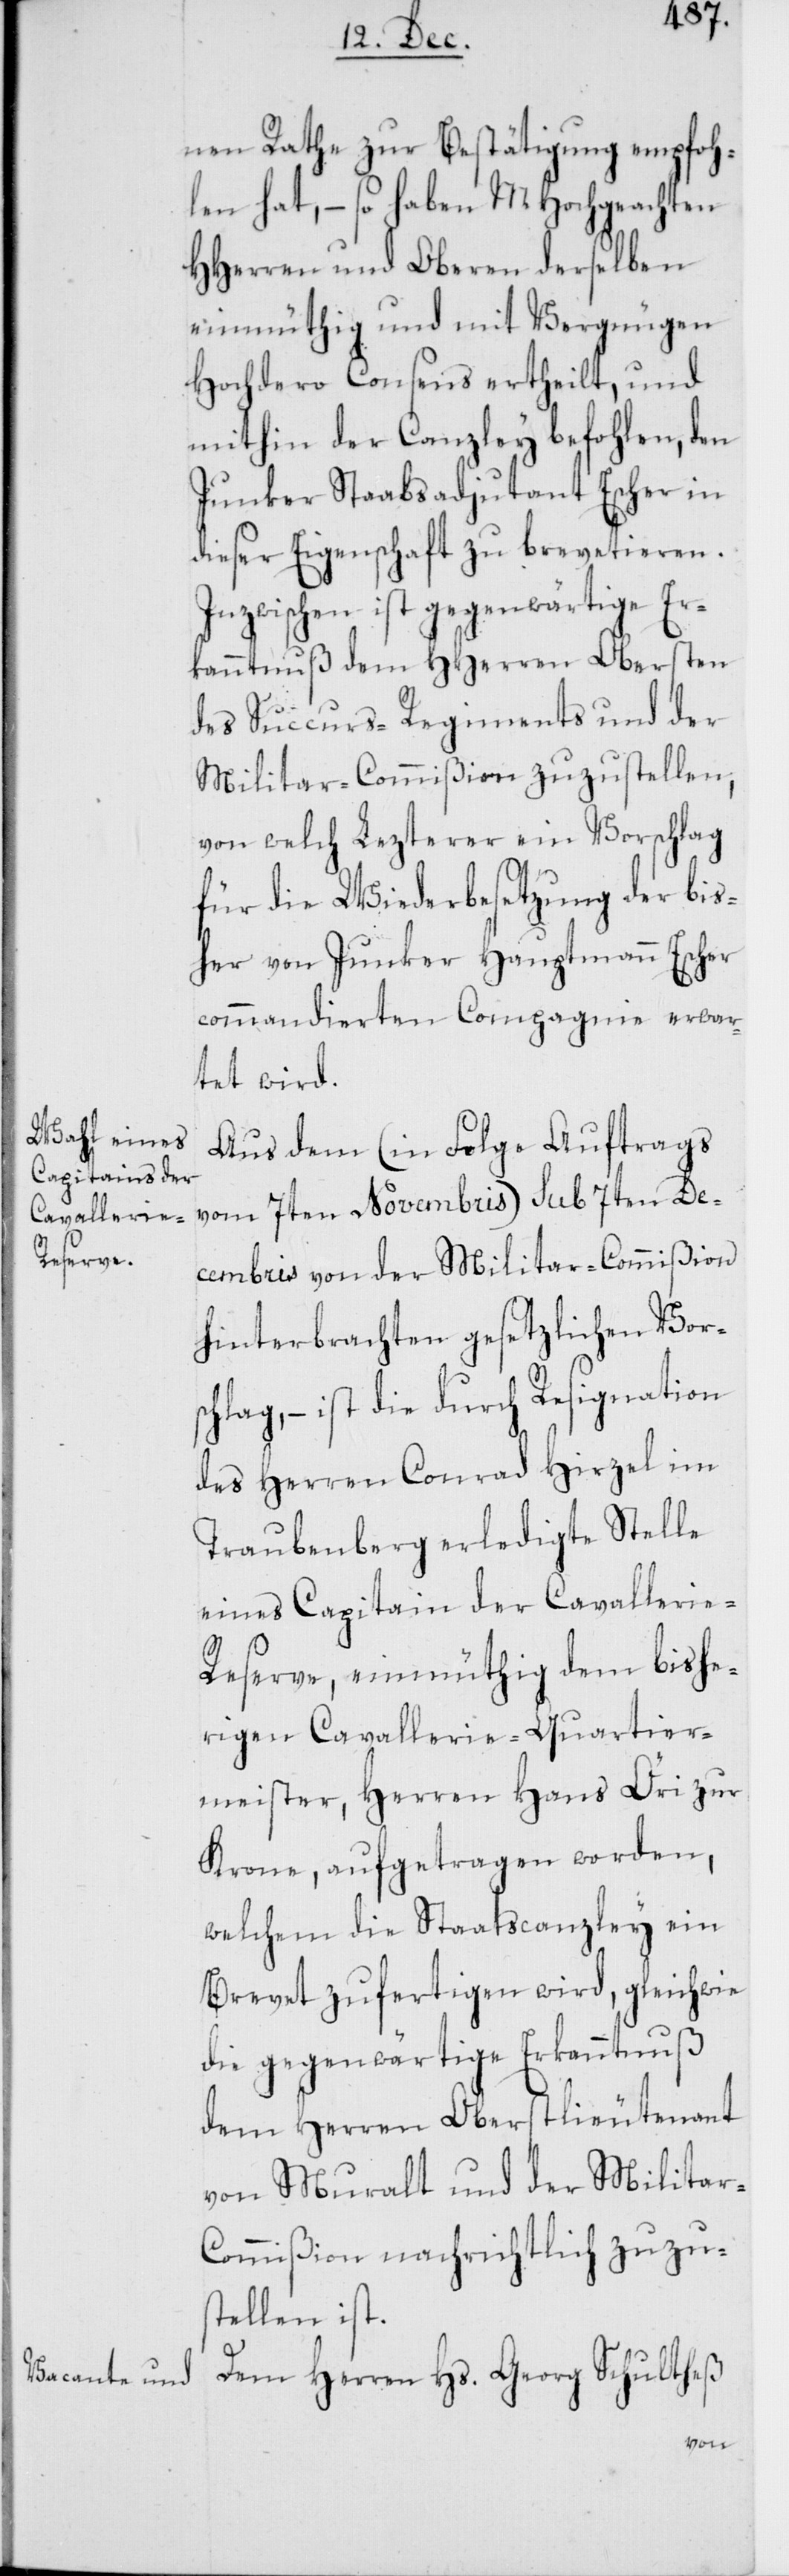
nen Rathe zur Bestätigung empfoh¬
len hat, – so haben MHochgeachten
HHerren und Oberen derselben
einmüthig und mit Vergnügen
Hochdero Consens ertheilt, und
mithin der Canzley befohlen, den
Junker Staabsadjutant Escher in
dieser Eigenschaft zu brevetieren.
Inzwischen ist gegenwärtige Er¬
kanntnuß dem HHerren Obersten
des Succurs-Regiments und der
Militar-Commißion zuzustellen,
von welch Lezterer ein Vorschlag
für die Wiederbesetzung der bis¬
her von Junker Hauptmann Escher
commandierten Compagnie erwar¬
tet wird.
Aus dem (in Folge Aufrags
vom 7ten Novembris) sub 7ten De¬
cembris von der Militar-Commißion
hinterbrachten gesetzlichen Vorsc¬
hlag, – ist die durch Resignation
des Herren Conrad Hirzel im
Traubenberg erledigte Stelle
eines Capitain der Cavallerie-R¬
eserve, einmüthig dem bishe¬
rigen Cavallerie-Quartier¬
meister, Herren Hans Öri zur
Krone, aufgetragen worden,
welchem die Staatscanzley ein
Brevet zufertigen wird, gleichwie
die gegenwärtige Erkanntnuß
dem Herren Oberstlieutenant
von Muralt und der Militar-C¬
ommißion nachrichtlich zuzus¬
tellen ist.
Dem Herren Hs. Georg Schultheß